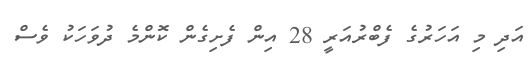
އަދި މި އަހަރުގެ ފެބްރުއަރީ 28 އިން ފެށިގެން ކޮންމެ ދުވަހަކު ވެސް